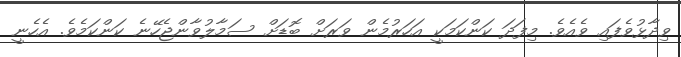
ވިދާޅުވެފައި ވެއެވެ. މިފަދަ ކަންކަމަކީ އަހަރުމެން ވަރަށް ބޮޑަށް ސަމާލުވާންޖެހޭނެ ކަންކަމެވެ. އެހެނީ